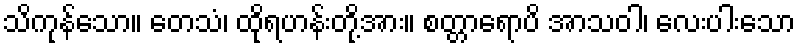
သိကုန်သော။ တေသံ၊ ထိုရဟန်းတို့အား။ စတ္တာရောပိ အာသဝါ၊ လေးပါးသော